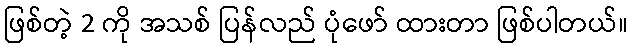
ဖြစ်တဲ့ 2 ကို အသစ် ပြန်လည် ပုံဖော် ထားတာ ဖြစ်ပါတယ်။